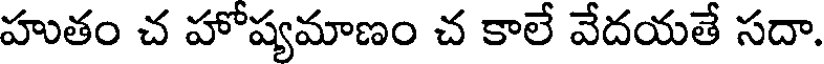
హుతం చ హోష్యమాణం చ కాలే వేదయతే సదా.